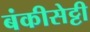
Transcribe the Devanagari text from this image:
बंकीसेट्टी